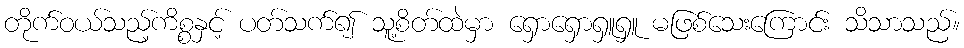
တိုက်ဝယ်သည့်ကိစ္စနှင့် ပတ်သက်၍ သူ့စိတ်ထဲမှာ ရှောရှောရှူရှူ မဖြစ်သေးကြောင်း သိသာသည်။